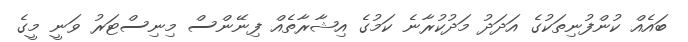
ބައެއް ކުންފުނިތަކުގެ އަދަދު މަދުކުރާނެ ކަމުގެ އިޝާރާތެއް ފިނޭންސް މިނިސްޓަރު ވަނީ މީގެ